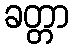
ခတ္တာ